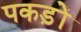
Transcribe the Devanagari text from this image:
पकड़ों